Report on the working of the Ranchi Indian Mental Hospital, Kanke, in Bihar and Orissa - 1930-1940
Year: 1930
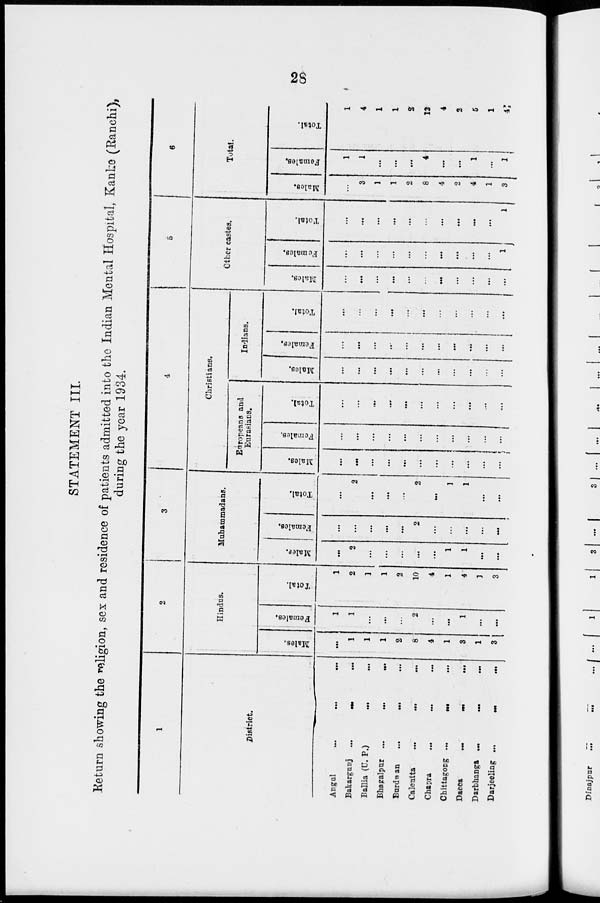
28
STATEMENT III.
Return showing the religion, sex and residence of patients admitted into the Indian Mental Hospital, Kanke (Ranchi),
during the year 1934.
1
District.
Angal
...
...
...
Bakargunj
...
...
...
Ballia (U. P.)
...
...
Bhagalpur
...
...
...
Burdwan
...
...
...
Calcutta
...
...
...
Chapra
...
...
...
Chittagong
...
...
...
Dacca
...
...
...
Darbhanga
...
...
...
Darjeeling
...
...
...
2
Hindus.
Males,
...
1
1
1
2
8
4
1
3
1
3
Females.
1
1
...
...
...
2
...
...
1
...
...
Total.
1
2
1
1
2
10
4
1
4
1
3
3
Muhammadans.
Males.
...
2
...
...
...
...
...
1
1
...
...
Females.
...
...
...
...
...
2
...
...
...
...
...
Total.
...
2
...
...
...
2
...
1
1
...
...
4
Christians.
Europeans and
Eurasians.
Males.
...
...
...
...
...
...
...
...
...
...
...
Females.
...
...
...
...
...
...
...
...
...
...
...
Total.
...
...
...
...
...
...
...
...
...
...
...
Indians.
Males.
...
...
...
...
...
...
...
...
...
...
...
Females.
...
...
...
...
...
...
...
...
...
...
...
Total.
...
...
...
...
...
...
...
...
...
...
...
5
Other castes.
Males.
...
...
...
...
...
...
...
...
...
...
...
Females.
...
...
...
...
...
...
...
...
...
...
1
Total.
...
...
...
...
...
...
...
...
...
1
6
Total.
Males.
...
3
1
1
2
8
4
2
4
1
3
Females.
1
1
...
...
...
4
...
...
1
...
1
Total.
1
4
1
1
2
12
4
2
5
1
4